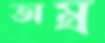
অম্র